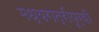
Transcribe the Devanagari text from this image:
मध्यरात्रीपूर्वी